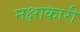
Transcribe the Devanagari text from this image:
नक्षाकारी